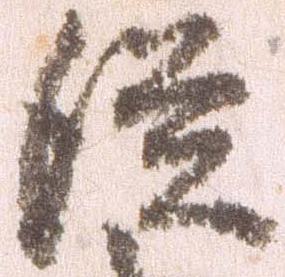
従